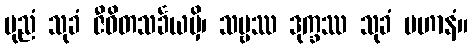
ပုညံ သုခံ ဇီဝိတသင်္ခယမှိ၊ သဗ္ဗဿ ဒုက္ခဿ သုခံ ပဟာနံ။